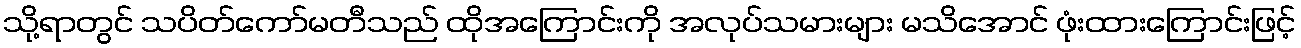
သို့ရာတွင် သပိတ်ကော်မတီသည် ထိုအကြောင်းကို အလုပ်သမားများ မသိအောင် ဖုံးထားကြောင်းဖြင့်